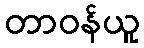
တာဝန်ယူ